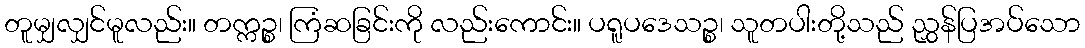
တူမျှလျှင်မူလည်း။ တက္ကဉ္စ၊ ကြံဆခြင်းကို လည်းကောင်း။ ပရူပဒေသဉ္စ၊ သူတပါးတို့သည် ညွှန်ပြအပ်သော